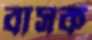
বাসক